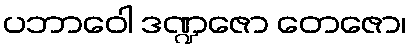
ပဘာဝေါ ဒဏ္ဍဇော တေဇော၊